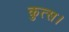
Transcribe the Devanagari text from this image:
कुत्स।